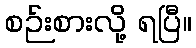
စဉ်းစားလို့ ရပြီ။